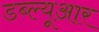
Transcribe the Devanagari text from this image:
डब्‍ल्‍यूआर